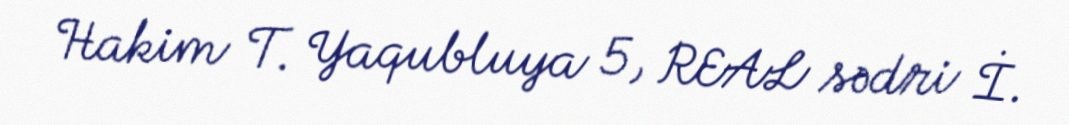
Hakim T. Yaqubluya 5, REAL sədri İ.